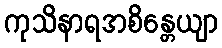
ကုသိနာရအစိန္တေယျာ